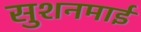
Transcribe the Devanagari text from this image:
सुशनमाई